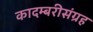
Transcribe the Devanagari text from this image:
कादम्बरीसंग्रह